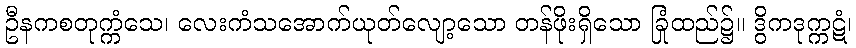
ဦနကစတုက္ကံသေ၊ လေးကံသအောက်ယုတ်လျော့သော တန်ဖိုးရှိသော ခြုံထည်၌။ ဒွိကဒုက္ကဋံ၊